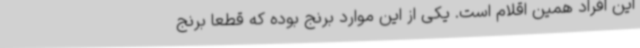
این افراد همین اقلام است. یکی از این موارد برنج بوده که قطعا برنج